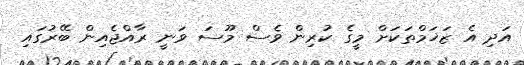
އަދި އެ ޒަޚަމްތަކަށް މީގެ ކުރިން ވެސް މޫސަ ވަނީ ރާއްޖެއިން ބޭރުގައި